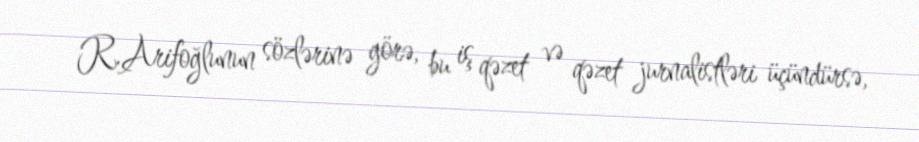
R.Arifoğlunun sözlərinə görə, bu iş qəzet və qəzet jurnalistləri üçündürsə,